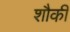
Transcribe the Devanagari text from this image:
शौकी